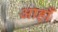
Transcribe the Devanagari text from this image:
आहाँ